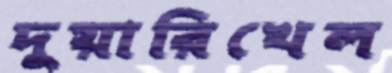
দুয়ারিখেল